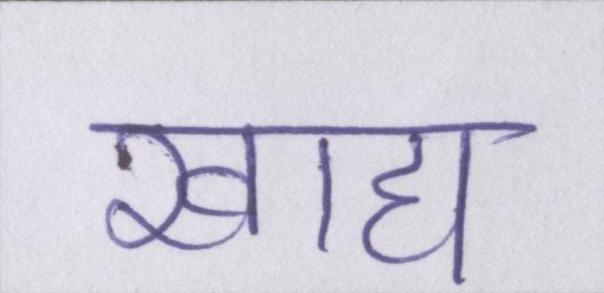
खाद्य